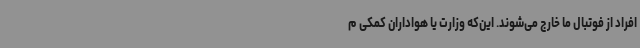
افراد از فوتبال ما خارج می‌شوند. این‌که وزارت‌ یا هواداران کمکی م